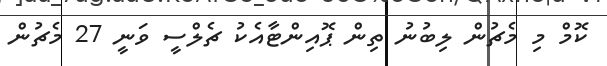
ކޮމް މި މެޗުން ލިބުނު ތިން ޕޮއިންޓާއެކު ޗެލްސީ ވަނީ 27 މެޗުން